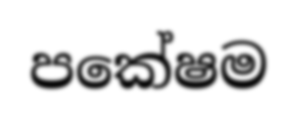
පකේෂම